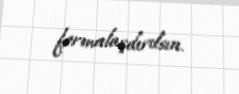
formalaşdırılsın.